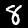
Label: 8